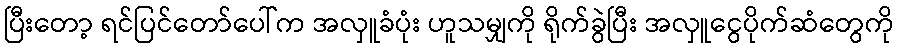
ပြီးတော့ ရင်ပြင်တော်ပေါ်က အလှူခံပုံး ဟူသမျှကို ရိုက်ခွဲပြီး အလှူငွေပိုက်ဆံတွေကို